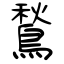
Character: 鶖